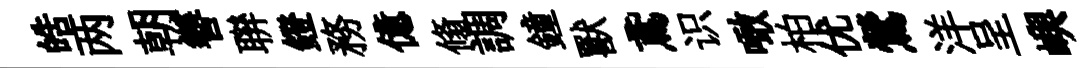
皓两朝簮聨鐙務億翛調鐘獸鳶识噉柏优鶯洋呈嶼